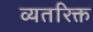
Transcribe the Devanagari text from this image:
व्यतरिक्त